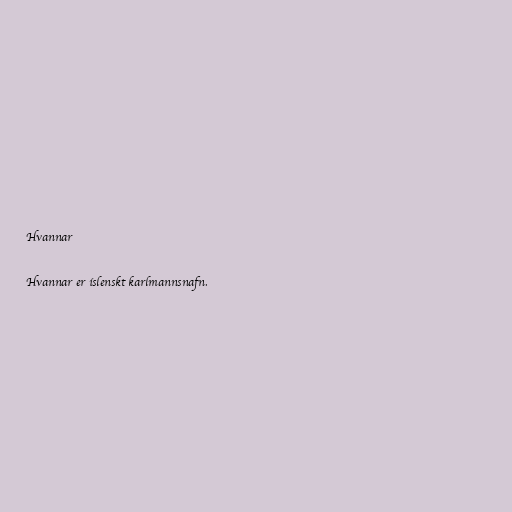
Hvannar

Hvannar er íslenskt karlmannsnafn.